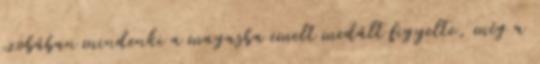
szobában mindenki a magasba emelt medált figyelte, még a